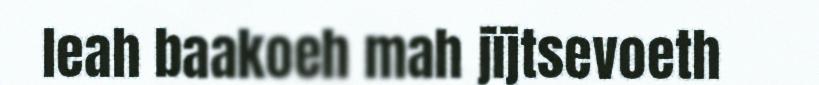
leah baakoeh mah jïjtsevoeth